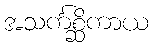
အသင်္ကစ္ဆိကာယ